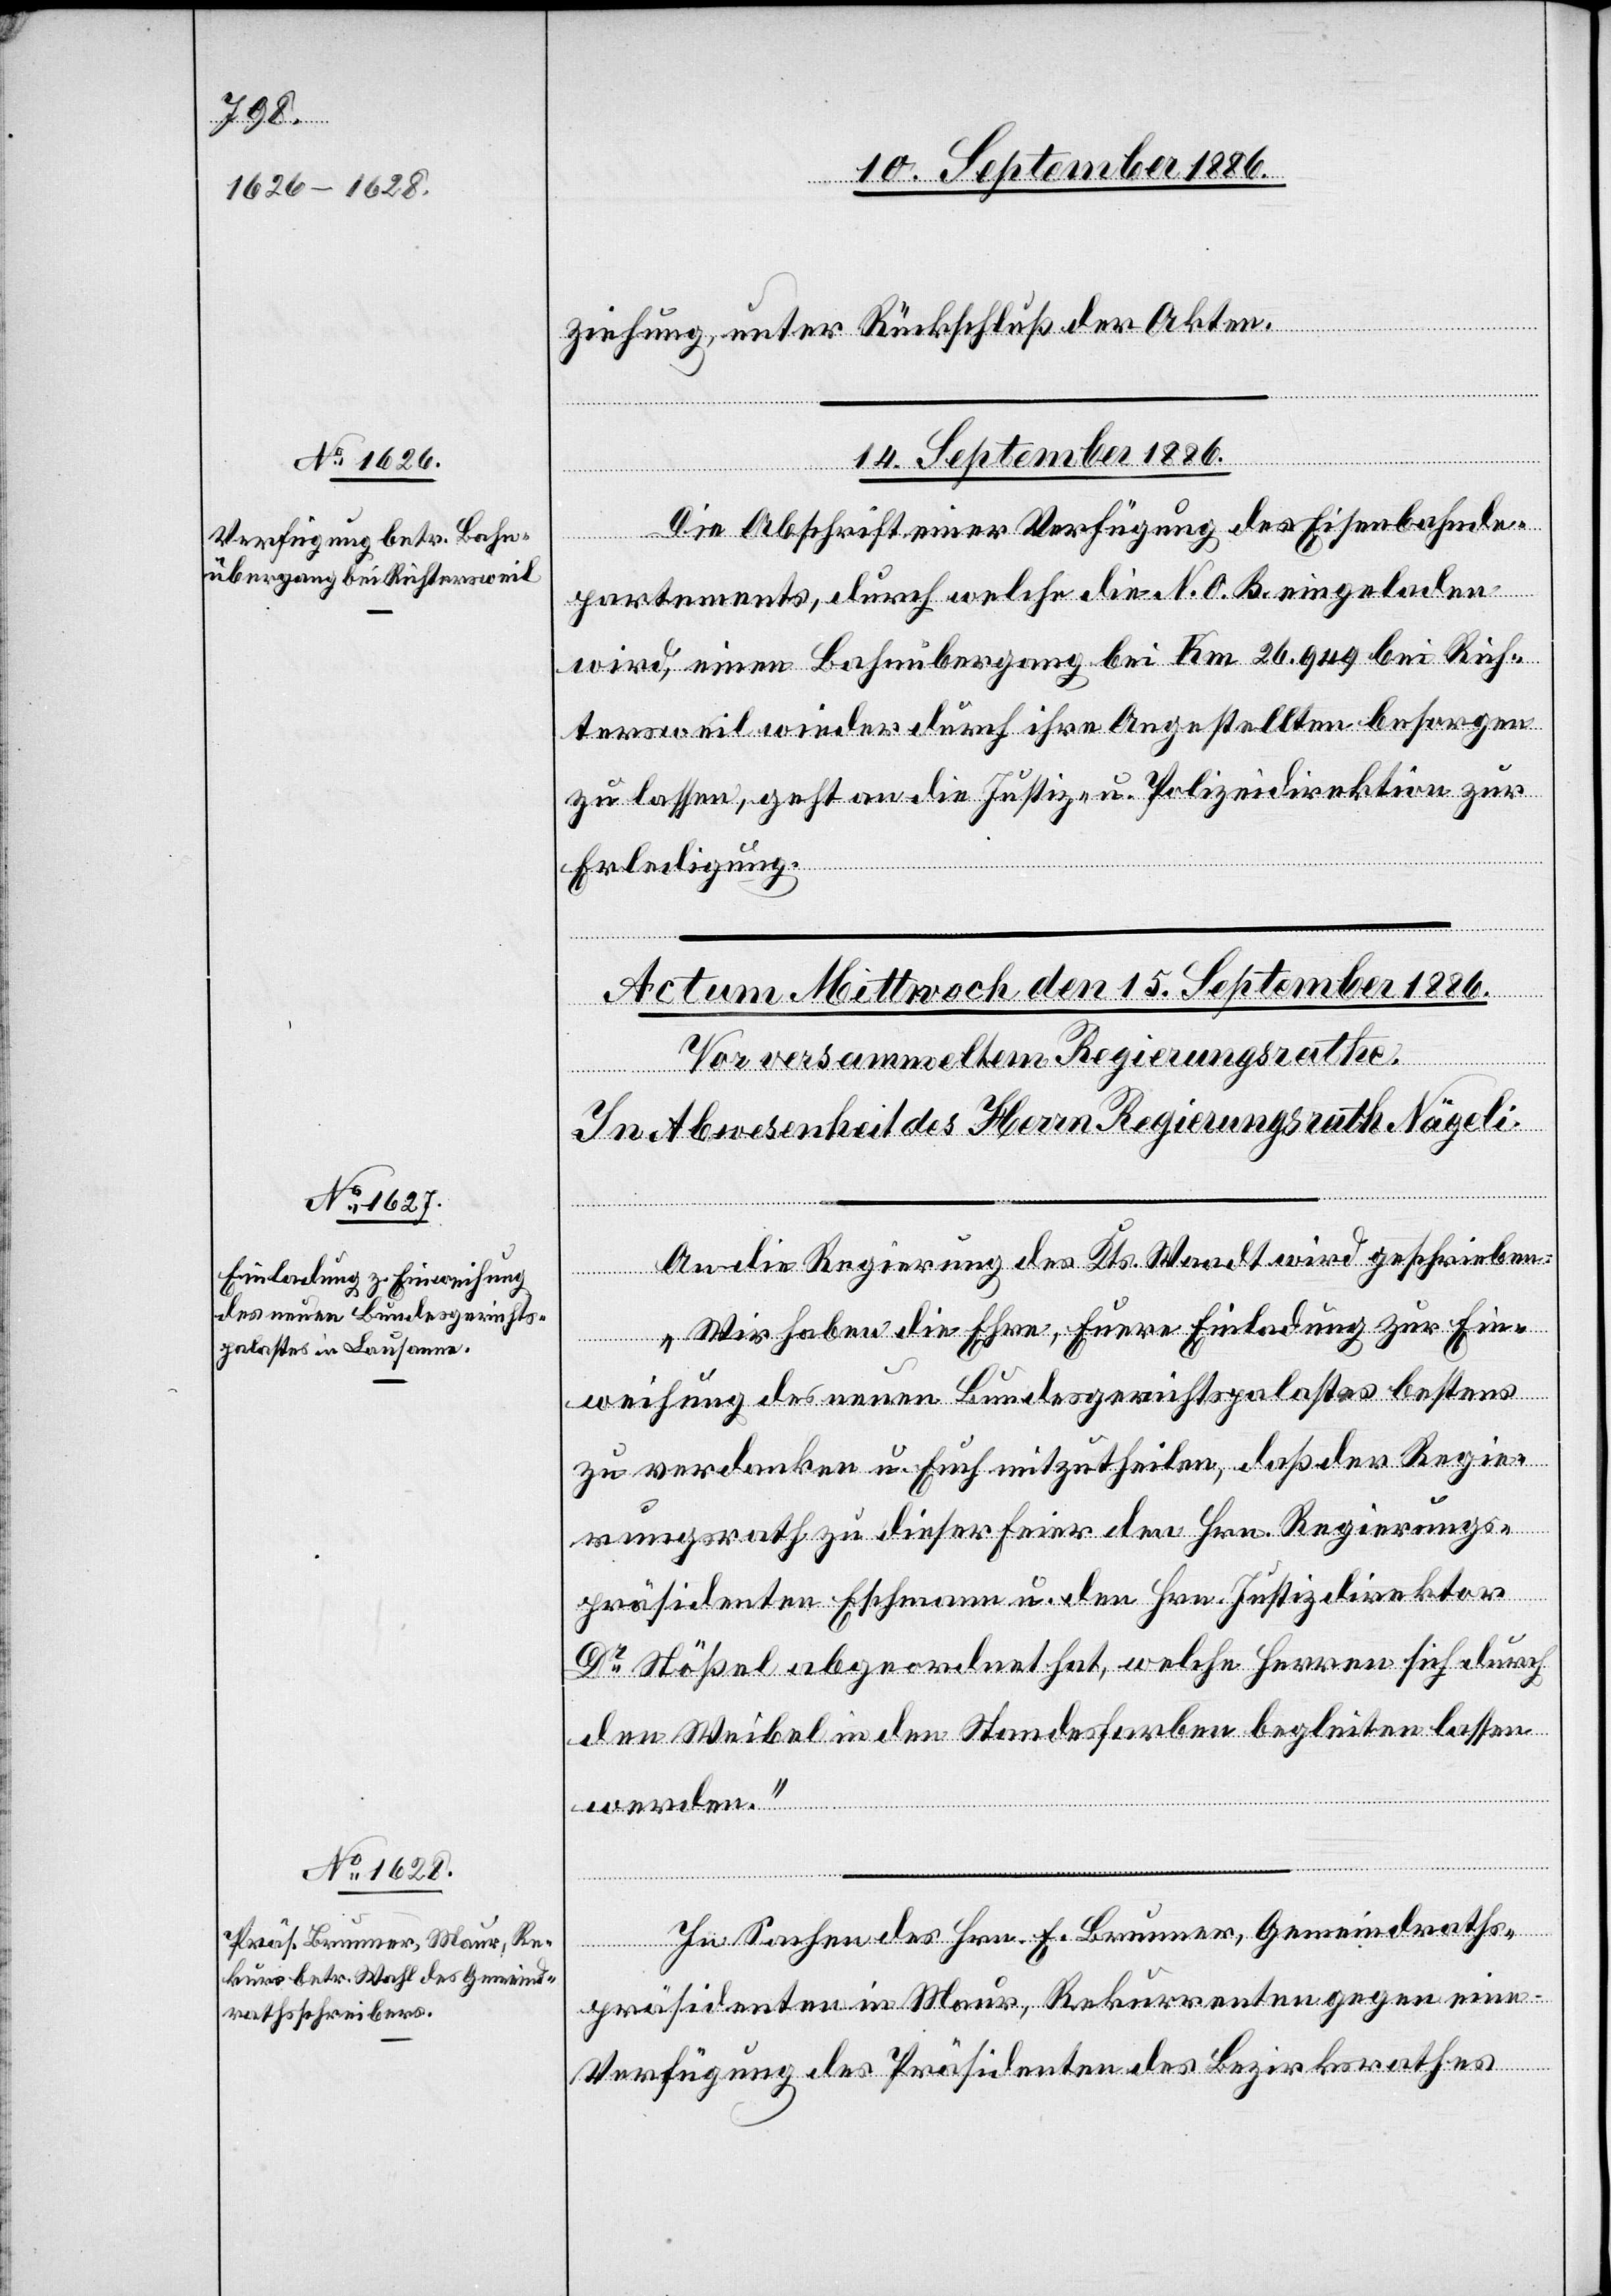
14. September 1886.
ziehung, unter Rückschluß der Akten.
Die Abschrift einer Verfügung des Eisenbahnde¬
partements, durch welche die N. O. B. eingeladen
wird, einen Bahnübergang bei Km 26.949 bei Rich¬
tersweil wieder durch ihre Angestellten besorgen
zu lassen, geht an die Justiz- u. Polizeidirektion zur
Erledigung.
An die Regierung des Kts. Waadt wird geschrieben:
„Wir haben die Ehre, Euere Einladung zur Ein¬
weihung des neuen Bundesgerichtspalastes bestens
zu verdanken u. Euch mitzutheilen, daß der Regie¬
rungsrath zu dieser Feier den Hrn. Regierungs¬
präsidenten Eschmann u. den Hrn. Justizdirektor
Dr Stößel abgeordnet hat, welche Herren sich durch
den Weibel in den Standesfarben begleiten lassen
werden.“
In Sachen des Hrn. E. Brunner, Gemeindraths¬
präsidenten in Maur, Rekurrenten gegen eine
Verfügung des Präsidenten des Bezirksrathes